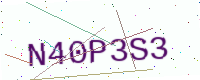
Text: N40P3S3